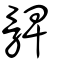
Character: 髀